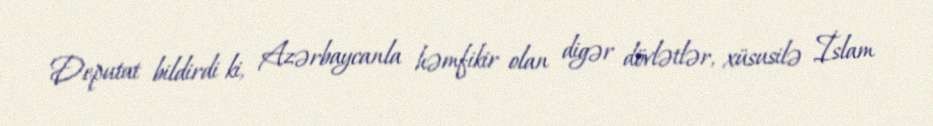
Deputat bildirdi ki, Azərbaycanla həmfikir olan digər dövlətlər, xüsusilə İslam